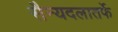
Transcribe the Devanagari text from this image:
सैन्यदलातर्फे